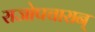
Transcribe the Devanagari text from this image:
राजोपचारान्